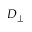
D _ { \perp }